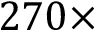
2 7 0 \times